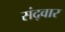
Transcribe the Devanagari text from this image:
संद्वार